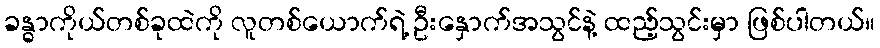
ခန္ဓာကိုယ်တစ်ခုထဲကို လူတစ်ယောက်ရဲ့ ဦးနှောက်အသွင်နဲ့ ထည့်သွင်းမှာ ဖြစ်ပါတယ်။